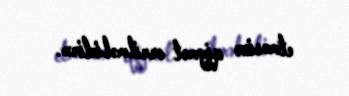
etməsinə qiymət verilməlidir».